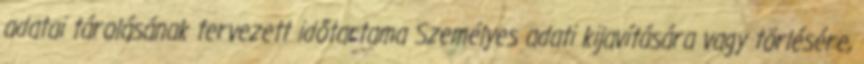
adatai tárolásának tervezett időtartama Személyes adati kijavítására vagy törlésére,